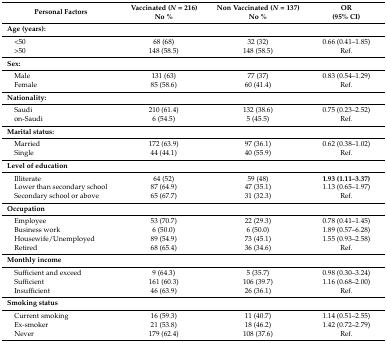
<table><thead><tr><td><b>Personal Factors</b></td><td><b>Vaccinated (<i>N</i> = 216) No %</b></td><td><b>Non Vaccinated (<i>N</i> = 137) No %</b></td><td><b>OR (95% CI)</b></td></tr></thead><tbody><tr><td><b>Age (years):</b></td><td></td><td></td><td></td></tr><tr><td> &lt;50</td><td>68 (68)</td><td>32 (32)</td><td>0.66 (0.41–1.85)</td></tr><tr><td> &gt;50</td><td>148 (58.5)</td><td>148 (58.5)</td><td>Ref.</td></tr><tr><td><b>Sex:</b></td><td></td><td></td><td></td></tr><tr><td> Male</td><td>131 (63)</td><td>77 (37)</td><td>0.83 (0.54–1.29)</td></tr><tr><td> Female</td><td>85 (58.6)</td><td>60 (41.4)</td><td>Ref.</td></tr><tr><td><b>Nationality:</b></td><td></td><td></td><td></td></tr><tr><td> Saudi</td><td>210 (61.4)</td><td>132 (38.6)</td><td>0.75 (0.23–2.52)</td></tr><tr><td> on-Saudi</td><td>6 (54.5)</td><td>5 (45.5)</td><td>Ref.</td></tr><tr><td><b>Marital status:</b></td><td></td><td></td><td></td></tr><tr><td> Married</td><td>172 (63.9)</td><td>97 (36.1)</td><td>0.62 (0.38–1.02)</td></tr><tr><td> Single</td><td>44 (44.1)</td><td>40 (55.9)</td><td>Ref.</td></tr><tr><td><b>Level of education</b></td><td></td><td></td><td></td></tr><tr><td> Illiterate</td><td>64 (52)</td><td>59 (48)</td><td><b>1.93 (1.11–3.37)</b></td></tr><tr><td> Lower than secondary school</td><td>87 (64.9)</td><td>47 (35.1)</td><td>1.13 (0.65–1.97)</td></tr><tr><td> Secondary school or above</td><td>65 (67.7)</td><td>31 (32.3)</td><td>Ref.</td></tr><tr><td><b>Occupation</b></td><td></td><td></td><td></td></tr><tr><td> Employee</td><td>53 (70.7)</td><td>22 (29.3)</td><td>0.78 (0.41–1.45)</td></tr><tr><td> Business work</td><td>6 (50.0)</td><td>6 (50.0)</td><td>1.89 (0.57–6.28)</td></tr><tr><td> Housewife/Unemployed</td><td>89 (54.9)</td><td>73 (45.1)</td><td>1.55 (0.93–2.58)</td></tr><tr><td> Retired</td><td>68 (65.4)</td><td>36 (34.6)</td><td>Ref.</td></tr><tr><td><b>Monthly income</b></td><td></td><td></td><td></td></tr><tr><td> Sufficient and exceed</td><td>9 (64.3)</td><td>5 (35.7)</td><td>0.98 (0.30–3.24)</td></tr><tr><td> Sufficient</td><td>161 (60.3)</td><td>106 (39.7)</td><td>1.16 (0.68–2.00)</td></tr><tr><td> Insufficient</td><td>46 (63.9)</td><td>26 (36.1)</td><td>Ref.</td></tr><tr><td><b>Smoking status</b></td><td></td><td></td><td></td></tr><tr><td> Current smoking</td><td>16 (59.3)</td><td>11 (40.7)</td><td>1.14 (0.51–2.55)</td></tr><tr><td> Ex-smoker</td><td>21 (53.8)</td><td>18 (46.2)</td><td>1.42 (0.72–2.79)</td></tr><tr><td> Never</td><td>179 (62.4)</td><td>108 (37.6)</td><td>Ref.</td></tr></tbody></table>